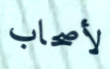
لأصحاب